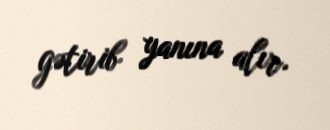
gətirib yanına alır.